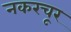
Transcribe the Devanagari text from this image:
नकरचूर